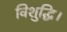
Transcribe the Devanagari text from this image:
विशुद्धि।